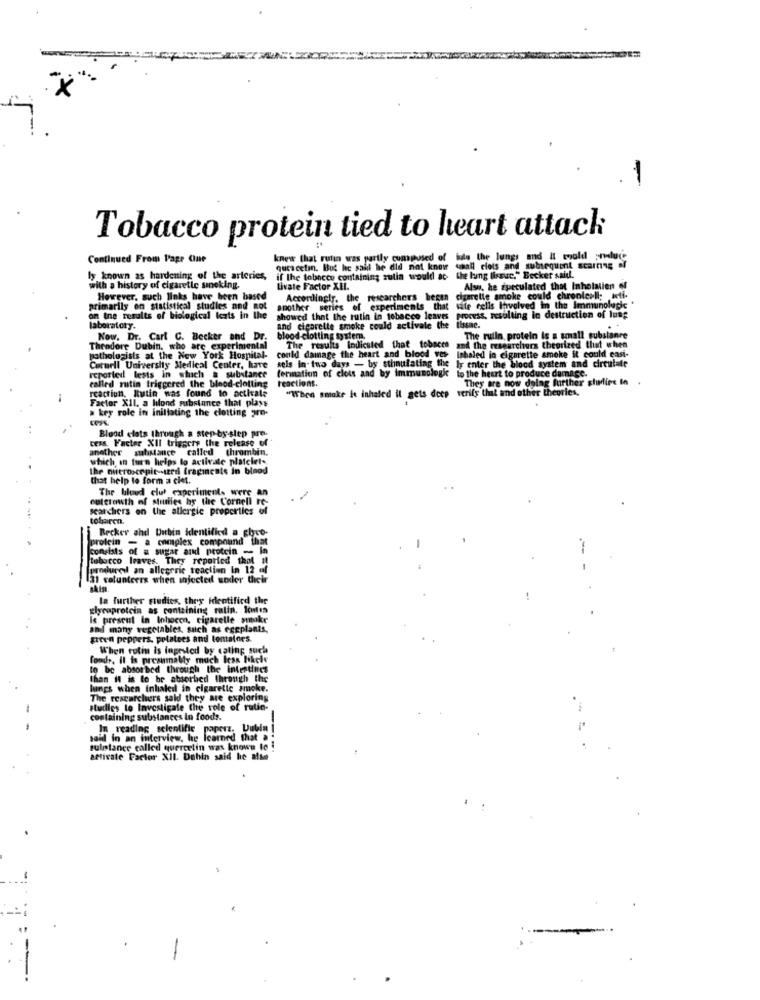
Tobacco protein tied to heart attack
Continued From Page One
knew that rutin was partly composed of iule the lungs and It would ;ndluce
ques cetin. But he said he did not knowr caall clots and subsequent scarnng of
ly known as hardening of the arteries,
if the tobacco containing zulia would ac the lung tissue." Becker said.
with a history of cigarette smoking.
Livate Factor XEL.
Also, he zpeculated that Inholalien of
However, such links have been based
Accordingly, the researchers began cigarette smoke could chronleell; inti.
primarily on statistical studies and not
another series of experiments that vite cells Involved in the immunologie "
on the results of biological teats in the
showed that the rutin in tobacco leaves
Process, resulting in destruction of lung
laboratory.
and cigarette smoke
and cigarette smoke could activate the tissae.
Now. Dr. Cart C. Becker and Dr.
blood clotting system.
The ruiin, protein Is a small substanre
Theodore Dubin, who are experimental
The results Indicated that tobaces
od the researchers theorized that when
Pathologists at the New York Hospital-
could damage the heart and blood ves inhaled in cigarette
sels in two days - by stimulating the ly enter the blood system and circulate
cigarette smoke it could easi-
Cornell University Medical Center, have
formation of closs and by immunologk to the heart to produce damage.
reported lests in which a substance
called rutin triggered the blood-clotting
They are now doing further gludine In
reaction. Itutin was found to activate
reactions.
"When smake is inhaled il gets deep verify that and other theories,
Factor XII, a hifond substance that plays
a key role in initiating the clotting gre-
cess. Facter XII triggers the release of
Blood clots through a step-by slep pre-
another substance called
which in turn helps to activate platciet ..
the outroscepit-tzrd fragincats in blood
that help to form a ciet.
The bloud clut experiments were an
outcrowth of stuuriles by the Cornell re-
searchers on the allergie properties of
tobaren.
Becker and Dubin Identified a glyco-
profcin = a complex compound that
consists of a sugar and protein - In
tobacco leaves. They reported that Il
produced an allegerie teaction In 12 of
31 volunteers when injected soder their
Ia further studies, they identified the
glycoprotein as containing ralin. Icules
is present in Iohocon, cigarelle smoke
and many vegetables, such as eggplants,
green peppers, potatoes and tomators.
When rotin is Ingested by eating such
fonds, Il is presumably much less likely
to be absorbed through the intestines
than it is to br absorbed through the
lungs when inhaled in cigaretic smoke.
The researchers seld they are exploring
-
studies to Investigate the role of rutin-
containing substances in foods.
In reading scientific paperz. Dubin
said in an interview, he learned that a
sulistance called quercetin was known to
activate Factor XII. Dahin said he alse